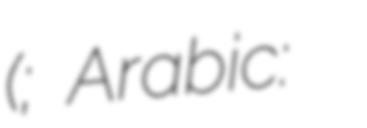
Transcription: (; Arabic: بيت لحم